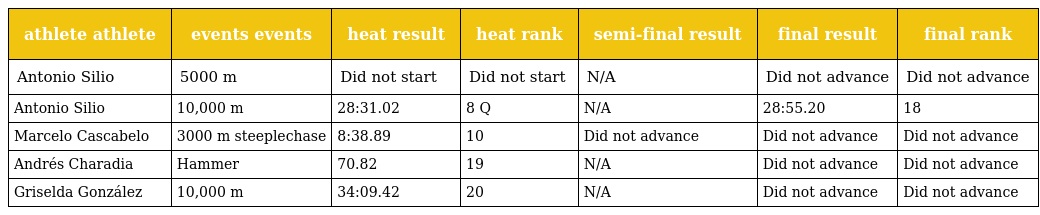
| athlete athlete | events events | heat result | heat rank | semi-final result | final result | final rank |
 | --- | --- | --- | --- | --- | --- | --- |
 | Antonio Silio | 5000 m | Did not start | Did not start | N/A | Did not advance | Did not advance |
 | Antonio Silio | 10,000 m | 28:31.02 | 8 Q | N/A | 28:55.20 | 18 |
 | Marcelo Cascabelo | 3000 m steeplechase | 8:38.89 | 10 | Did not advance | Did not advance | Did not advance |
 | Andrés Charadia | Hammer | 70.82 | 19 | N/A | Did not advance | Did not advance |
 | Griselda González | 10,000 m | 34:09.42 | 20 | N/A | Did not advance | Did not advance |